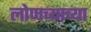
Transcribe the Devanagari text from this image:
लोणच्याच्या